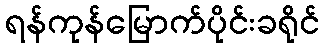
ရန်ကုန်မြောက်ပိုင်းခရိုင်